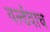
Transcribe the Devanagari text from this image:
वर्ल्डवाच